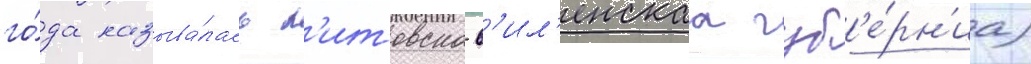
го́да называ́лась л'итовско-в'ил'енскаа губ'е́рн'иа)